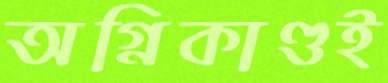
অগ্নিকাণ্ডই